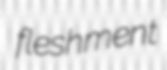
fleshment